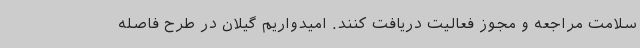
سلامت مراجعه و مجوز فعالیت دریافت کنند. امیدواریم گیلان در طرح فاصله